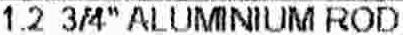
1.2 3/4" ALUMINIUM ROD